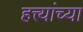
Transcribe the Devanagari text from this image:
हत्त्यांच्या